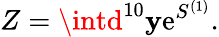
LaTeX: Z=\intd^{10}\mathbf{y}\mathrm{e}^{S^{(1)}}.